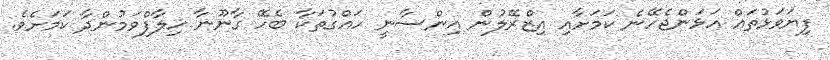
ފިޔަވަޅުތައް އަޅަންޖެހޭނެ ކަމަށާއި އިޒްރޭލުން އިންސާނީ ހައްގުތަކާ ބެހޭ ގާނޫނާ ޚިލާފްވަމުންދާ ކަމަށެވެ.